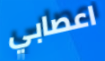
اعصابي